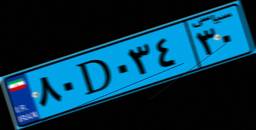
۸۰D۰۳۴۳۰